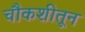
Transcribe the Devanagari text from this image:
चौकशीतून